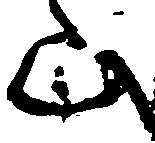
山